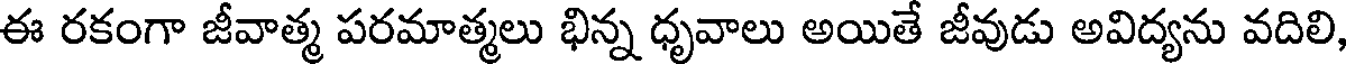
ఈ రకంగా జీవాత్మ పరమాత్మలు భిన్న ధృవాలు అయితే జీవుడు అవిద్యను వదిలి,